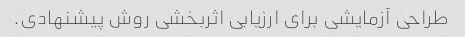
طراحی آزمایشی برای ارزیابی اثربخشی روش پیشنهادی.